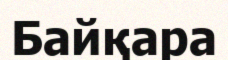
Байқара